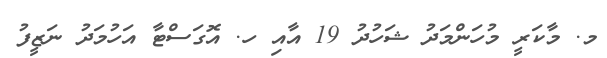
މ. މާކަރީ މުހަންމަދު ޝަހުދު 19 އާއި ހ. އޮގަސްޓާ އަހުމަދު ނަޒީފު